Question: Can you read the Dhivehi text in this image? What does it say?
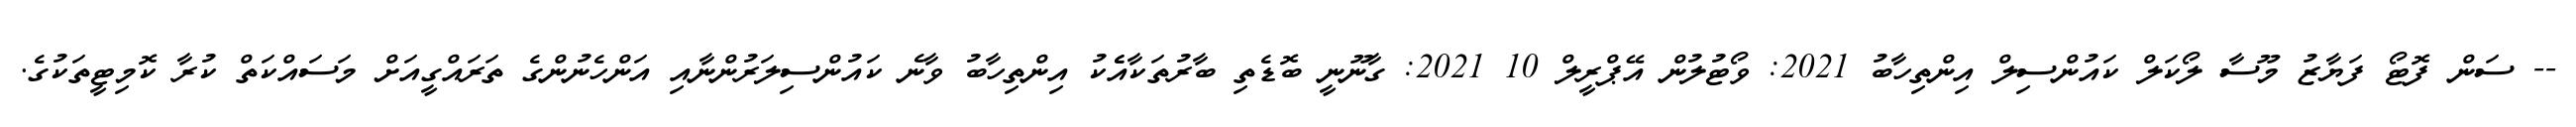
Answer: -- ސަން ފޮޓޯ ފަޔާޒު މޫސާ ލޯކަލް ކައުންސިލް އިންތިހާބު 2021: ވޯޓުލުން އޭޕްރީލް 10 2021: ގާނޫނީ ބޮޑެތި ބާރުތަކާއެެކު އިންތިހާބު ވާނެ ކައުންސިލަރުންނާއި އަންހެނުންގެ ތަރައްގީއަށް މަސައްކަތް ކުރާ ކޮމިޓީތަކުގެ.